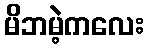
မိဘမဲ့ကလေး